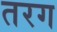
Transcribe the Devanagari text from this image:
तरग